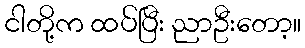
ငါတို့က ထပ်ပြီး ညာဦးတော့။